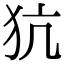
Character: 犺